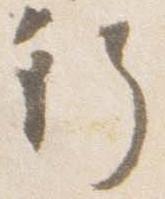
行